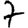
Digit: 7